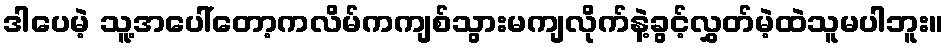
ဒါပေမဲ့ သူ့အပေါ်တော့ကလိမ်ကကျစ်သွားမကျလိုက်နဲ့ခွင့်လွှတ်မဲ့ထဲသူမပါဘူး။